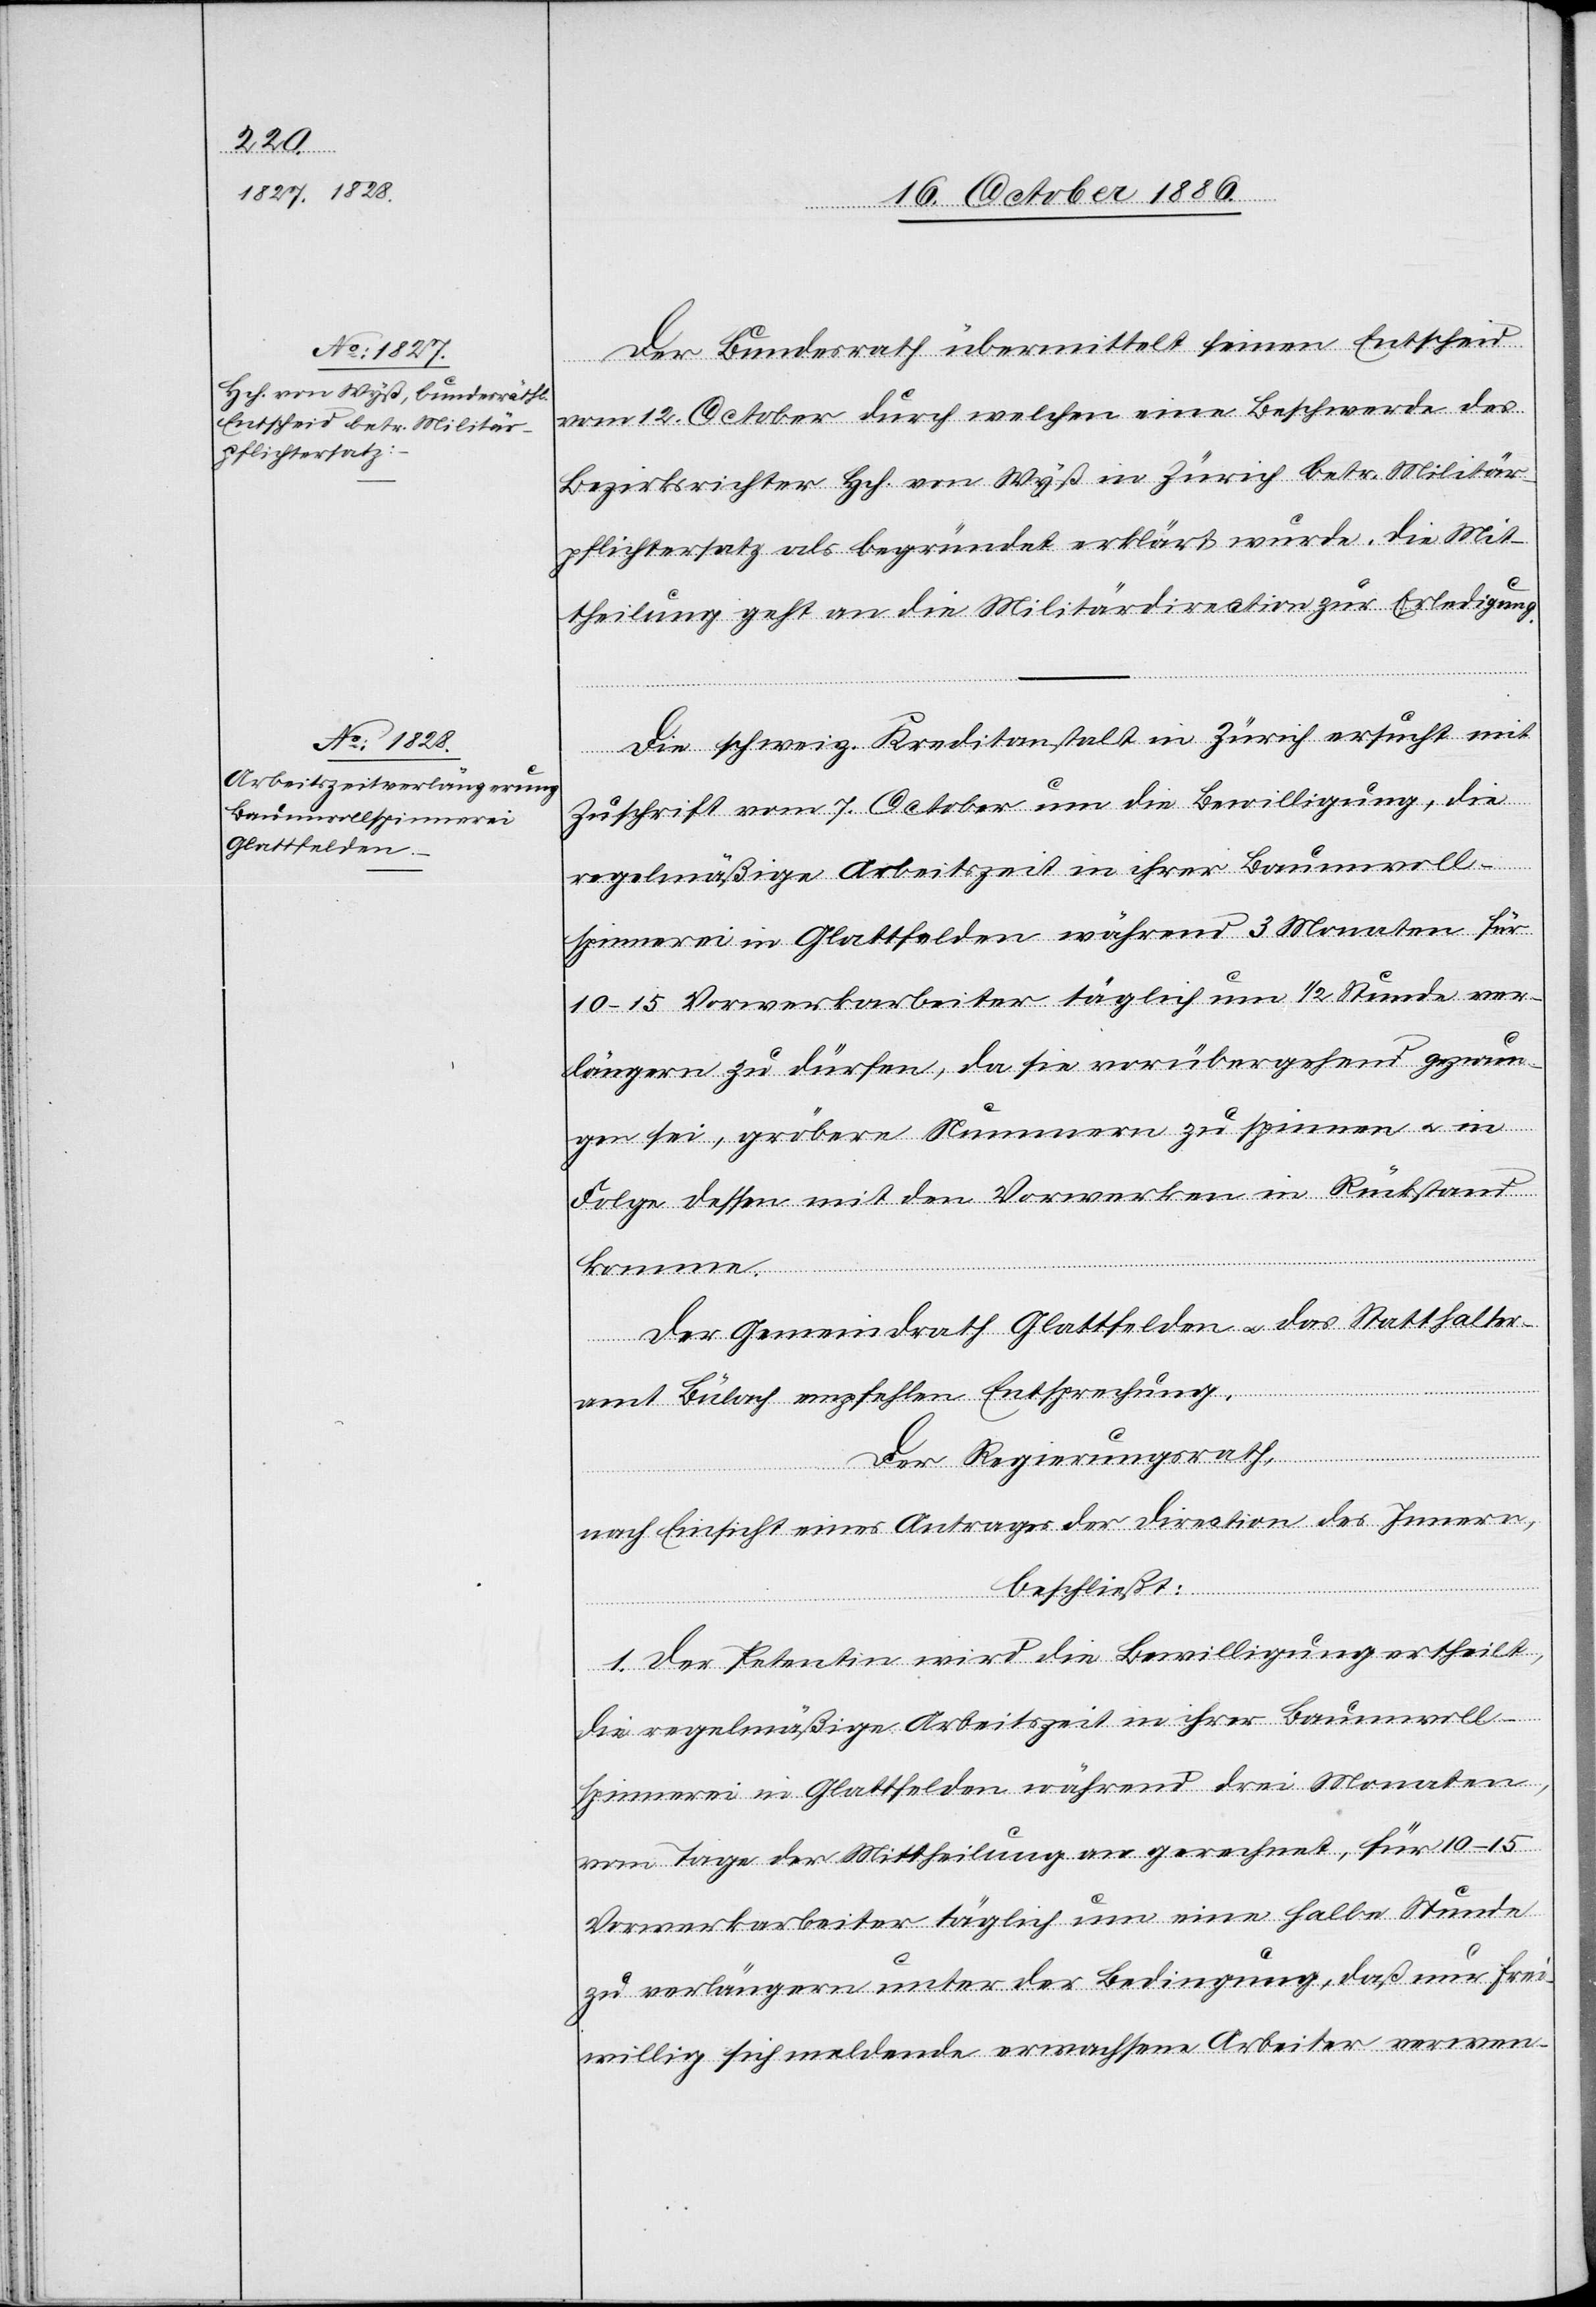
Der Bundesrath übermittelt seinen Entscheid
vom 12. October durch welchen eine Beschwerde des
Bezirksrichter Hch. von Wyß in Zürich betr. Militär¬
pflichtersatz als begründet erklärt wurde. Die Mit¬
theilung geht an die Militärdirection zur Erledigung.
Die schweiz. Kreditanstalt in Zürich ersucht mit
Zuschrift vom 7. October um die Bewilligung, die
regelmäßige Arbeitszeit in ihrer Baumwoll¬
spinnerei in Glattfelden während 3 Monaten für
10–15 Vorwerkarbeiter täglich um 1/2 Stunde ver¬
längern zu dürfen, da sie vorübergehend gezwun¬
gen sei, gröbere Nummern zu spinnen & in
Folge dessen mit den Vorwerken in Rückstand
komme.
Der Gemeindrath Glattfelden & das Statthalter¬
amt Bülach empfehlen Entsprechung.
Der Regierungsrath,
nach Einsicht eines Antrages der Direction des Innern,
beschließt:
1. Der Petentin wird die Bewilligung ertheilt,
die regelmäßige Arbeitszeit in ihrer Baumwoll¬
spinnerei in Glattfelden während drei Monaten,
vom Tage der Mittheilung an gerechnet, für 10–15
Vorwerkarbeiter täglich um eine halbe Stunde
zu verlängern unter der Bedingung, daß nur frei¬
willig sich meldende erwachsene Arbeiter verwen-